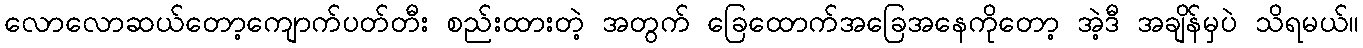
လောလောဆယ်တော့ကျောက်ပတ်တီး စည်းထားတဲ့ အတွက် ခြေထောက်အခြေအနေကိုတော့ အဲ့ဒီ အချိန်မှပဲ သိရမယ်။